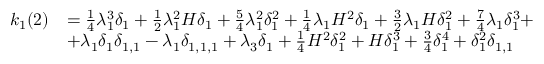
\begin{array} { r l } { k _ { 1 } ( 2 ) } & { = \frac { 1 } { 4 } \lambda _ { 1 } ^ { 3 } \delta _ { 1 } + \frac { 1 } { 2 } \lambda _ { 1 } ^ { 2 } H \delta _ { 1 } + \frac { 5 } { 4 } \lambda _ { 1 } ^ { 2 } \delta _ { 1 } ^ { 2 } + \frac { 1 } { 4 } \lambda _ { 1 } H ^ { 2 } \delta _ { 1 } + \frac { 3 } { 2 } \lambda _ { 1 } H \delta _ { 1 } ^ { 2 } + \frac { 7 } { 4 } \lambda _ { 1 } \delta _ { 1 } ^ { 3 } + } \\ & { + \lambda _ { 1 } \delta _ { 1 } \delta _ { 1 , 1 } - \lambda _ { 1 } \delta _ { 1 , 1 , 1 } + \lambda _ { 3 } \delta _ { 1 } + \frac { 1 } { 4 } H ^ { 2 } \delta _ { 1 } ^ { 2 } + H \delta _ { 1 } ^ { 3 } + \frac { 3 } { 4 } \delta _ { 1 } ^ { 4 } + \delta _ { 1 } ^ { 2 } \delta _ { 1 , 1 } } \end{array}